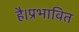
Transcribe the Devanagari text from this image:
है।प्रभावित